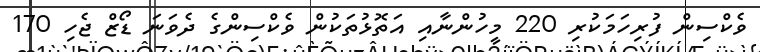
ވެކްސިން ފުރިހަމަކުރި 220 މީހުންނާއި އަތޮޅުތަކުން ވެކްސިންގެ ދެވަނަ ޑޯޒް ޖެހި 170